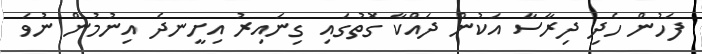
ފަހުން ހެދި ދިރާސާ އަކުން ދައްކާ ގޮތުގައި ގިނައިރު އިށީނދެ އިނުމުން ނުވަ